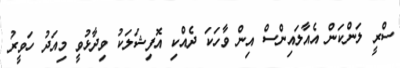
ސްރީ ލަންކަން އެއާލައިންސް އިން ވާހަކަ ދެއްކި އޮފިޝަލަކު ވިދާޅުވީ މިއަދު ހަވީރު